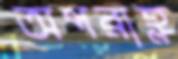
অপরাহ্ণ